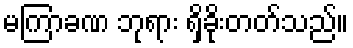
မကြာခဏ ဘုရား ရှိခိုးတတ်သည်။